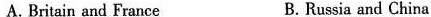
A. Britain and France